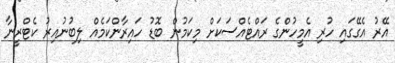
އޭރު އެގޭގައި ހުރި އެމީހުންގެ ރައްޓެއްސަކަށް މިކަމުން ބޮޑު ހައިރާންކަމެއް ލިބުނުއިރު ކެޓްރީނާ